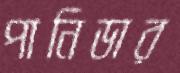
পানিডার